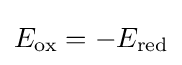
E_{\text{ox}}=-E_{\text{red}}